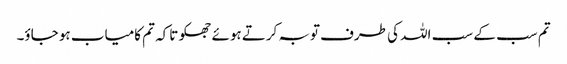
تم سب کے سب اللہ کی طرف توبہ کرتے ہوئے جھکو تاکہ تم کامیاب ہو جاؤ۔